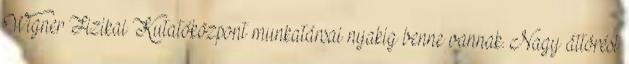
Wigner Fizikai Kutatóközpont munkatársai nyakig benne vannak. Nagy áttörést